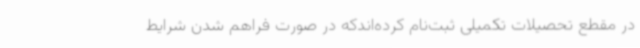
در مقطع تحصیلات تکمیلی ثبت‌نام کرده‌اندکه در صورت فراهم شدن شرایط